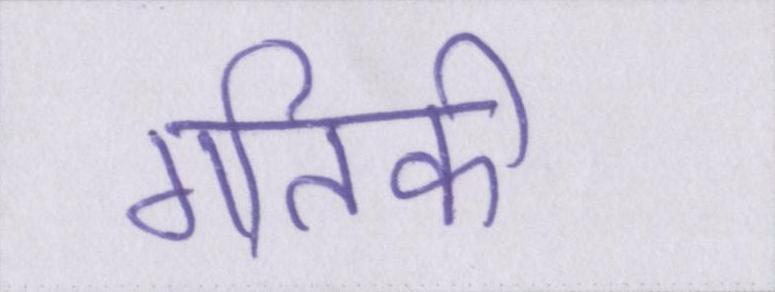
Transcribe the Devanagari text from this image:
गतिकी